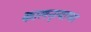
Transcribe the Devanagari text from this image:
कालनृत्याच्या